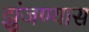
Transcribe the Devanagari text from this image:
झुंजण्यास